Medical and sanitary report of the native army of Bengal for the year
Year: 1874
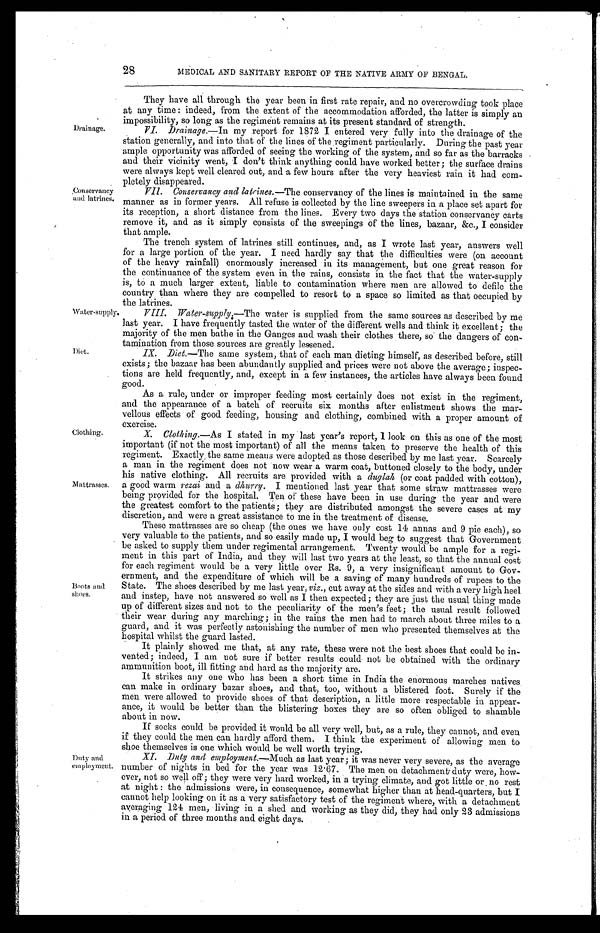
28
MEDICAL AND SANITARY REPORT OF THE NATIVE ARMY OF BENGAL.
Drainage.
Conservancy
latrines.
They have all through the year been in first rate repair, and no overcrowding took place
at any time : indeed, from the extent of the accommodation afforded, the latter is simply an
impossibility, so long as the regiment remains at its present standard of strength.
VI. Drainage,― In my report for 1872 I entered very fully into the drainage of the
station generally, and into that of the lines of the regiment particularly. During the past year
ample opportunity was afforded of seeing, the working of the system, and so far as the barracks
and their vicinity went, I don't think anything could have worked better ; the surface drains
were always kept well cleared out, and a few hours after the very heaviest rain it had com-
pletely disappeared.
VII. Conservancy and latrines.— The conservancy of the lines is maintained in the same
manner as in former years. All refuse is collected by the line sweepers in a place set apart for
its reception, a short distance from the lines. Every two days the station conservancy carts
remove it, and as it simply consists of the sweepings of the lines, bazaar, &c., I consider
that ample.
The trench system of latrines still continues, and, as I wrote last year, answers well
for a large portion of the year. I need hardly say that the difficulties were (on account
o f t h e h e a v y r a i n f a l l ) e n o r mo u s l y i n c r e a s e d i n i t s ma n a g e me n t , b u t o n e g r e a t r e a s o n f o r
the continuance of the system even in the rains, consists in the fact that the water-supply
is, to a much larger extent, liable to contamination where men are allowed to defile the
country than where they are compelled to resort to a space so limited as that occupied by
the latrines.
Water-supply.
Diet.
VIII. Water-supply;— The water is supplied from the same sources as described by me
last year. I have frequently tasted the water of the different wells and think it excellent; the
majority of the men bathe in the Ganges and wash their clothes there, so the dangers of con-
tamination from those sources are greatly lessened.
IX. Diet.—The same system, that of each man dieting himself, as described before, still
exists; the bazaar has been abundantly supplied and prices were not above the average; inspec-
tions are held frequently,and,
e x c e p t i n a f e w i n s t a n c e s , t h e a r t i c l e s h a v e a l w a y s b e e n f o u n d g o o d .
As a rule, under or improper feeding most certainly does not exist in the regiment,
and the appearance of a batch of recruits six months after enlistment shows the mar-
vellous effects of good feeding, housing and clothing, combined with a proper amount of
exercise. _ _
.
_
Mattrasses.
loo
X. Clohing.—As
stated in my last year's report, I look on this as one of the most
important (if not the most important) of all the means taken to preserve the health of this
regiment. Exactly, the same means were adopted as those described by me last year. Scarcely
a man in the regiment does not now wear a warm coat, buttoned closely to the body, under
his native clothing. All recruits are provided with a dugla (or coat padded with cotton),
a good warm rezai and a dhurry. I mentioned last year that some straw mattrasses were
being provided for the hospital. Ten of these have been in use during the year and were
the greatest comfort to the patients; they are distributed amongst the severe cases at my
discretion, and were a great assistance to me in the treatment of disease.
Boots and
shoes.
These mattrasses are so cheap (the ones we have only cost. 14 annas and 9 pie each), so
very valuable to the patients, and so easily made up, I would beg to suggest that .Government
be asked to supply them under regimental arrangement. Twenty would be ample for a regi-
ment in this part of India, and they will last two years at the least, so that the annual cost
for each regiment would be a very little over Rs. 9, a very insignificant amount to Gov-
ernment, and the expenditure of which will be a saving of many hundreds of rupees to the
State. The shoes described by me last year, viz., cut away at the sides and with a very high heel
and instep, have not answered so well as I then expected; they are just the usual thing made
up. of different sizes and not to the peculiarity of the men's feet; the usual result followed
their wear during any marching; in the rains the men had to march about three miles to a
guard, and it was perfectly astonishing the number of men who presented themselves at the
hospital whilst the guard lasted.
It plainly showed me that, at any rate, these were not the best shoes that could be in-
vented; indeed, I am not sure if better results could not be obtained with the ordinary
ammunition boot, ill fitting and hard as the majority are.
It strikes any one who has been a short time in India the enormous marches natives.
can make in ordinary bazar shoes, and that, too, without a blistered foot. Surely if the
men were allowed to provide shoes of that description, a little more respectable in appear-
ance, it would be better than the blistering boxes they are so often obliged to shamble
about in now.
Duty and
employment.
If socks could be provided it would be all very well., but, as a rule, they cannot, and even
if they could the men can hardly afford them. I think the experiment of allowing men to
shoe themselves is one which would be well worth trying..
X XI. Duty and employment,Much last year; it was never very severe, as the average
number of nights in. bed for the year was 12.67. The men on detachment- duty were, how-
ever, not so well off; they were very hard worked, in a trying climate, and got little or no rest
at night : the admissions were, in consequence, somewhat higher than at head-quarters, but I
cannot help looking on it as a very satisfactory test of the regiment where, with a detachment
averaging 124 men, living in a shed and working as they did, they had only 23 admissions
in a period of three months and, eight days. .
.